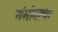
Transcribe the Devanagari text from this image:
संभोगाचा